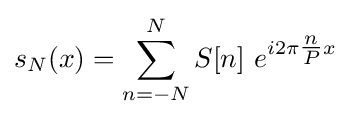
s_{N}(x)=\sum _{n=-N}^{N}S[n]\ e^{i2\pi {\tfrac {n}{P}}x}